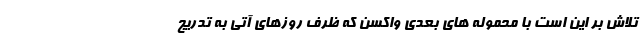
تلاش بر این است با محموله های بعدی واکسن که ظرف روزهای آتی به تدریج